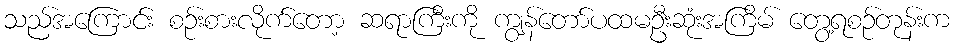
သည်အကြောင်း စဉ်းစားလိုက်တော့ ဆရာကြီးကို ကျွန်တော်ပထမဦးဆုံးအကြိမ် တွေ့ရစဉ်တုန်းက